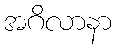
အဂိလာနာ